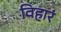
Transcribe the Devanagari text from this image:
विहारं